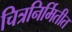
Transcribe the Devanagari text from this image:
चित्रनिर्मितीत